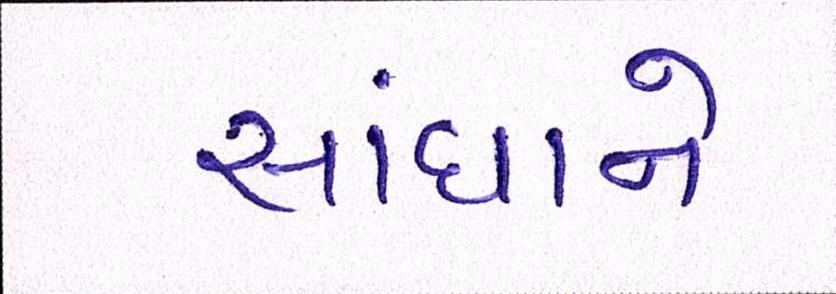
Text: સાંધાને